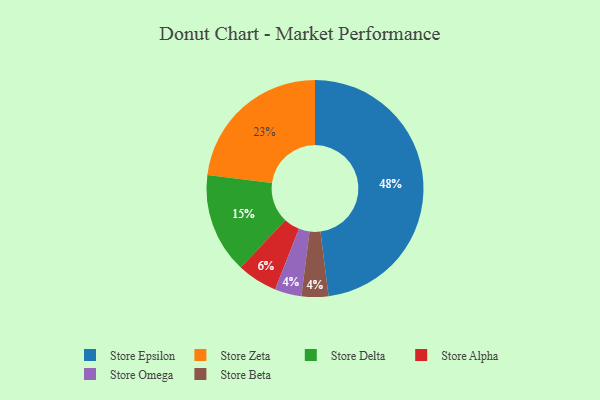
{"axis": {"x": "Category", "y": "Percentage"}, "legend": ["Store Alpha", "Store Beta", "Store Delta", "Store Epsilon", "Store Omega", "Store Zeta"], "data": [{"x": "Store Epsilon", "y": 48, "type": "Store Epsilon"}, {"x": "Store Zeta", "y": 23, "type": "Store Zeta"}, {"x": "Store Omega", "y": 4, "type": "Store Omega"}, {"x": "Store Delta", "y": 15, "type": "Store Delta"}, {"x": "Store Alpha", "y": 6, "type": "Store Alpha"}, {"x": "Store Beta", "y": 4, "type": "Store Beta"}]}